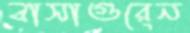
বাসাগুরেন